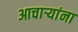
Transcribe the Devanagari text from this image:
आचार्‍यांना